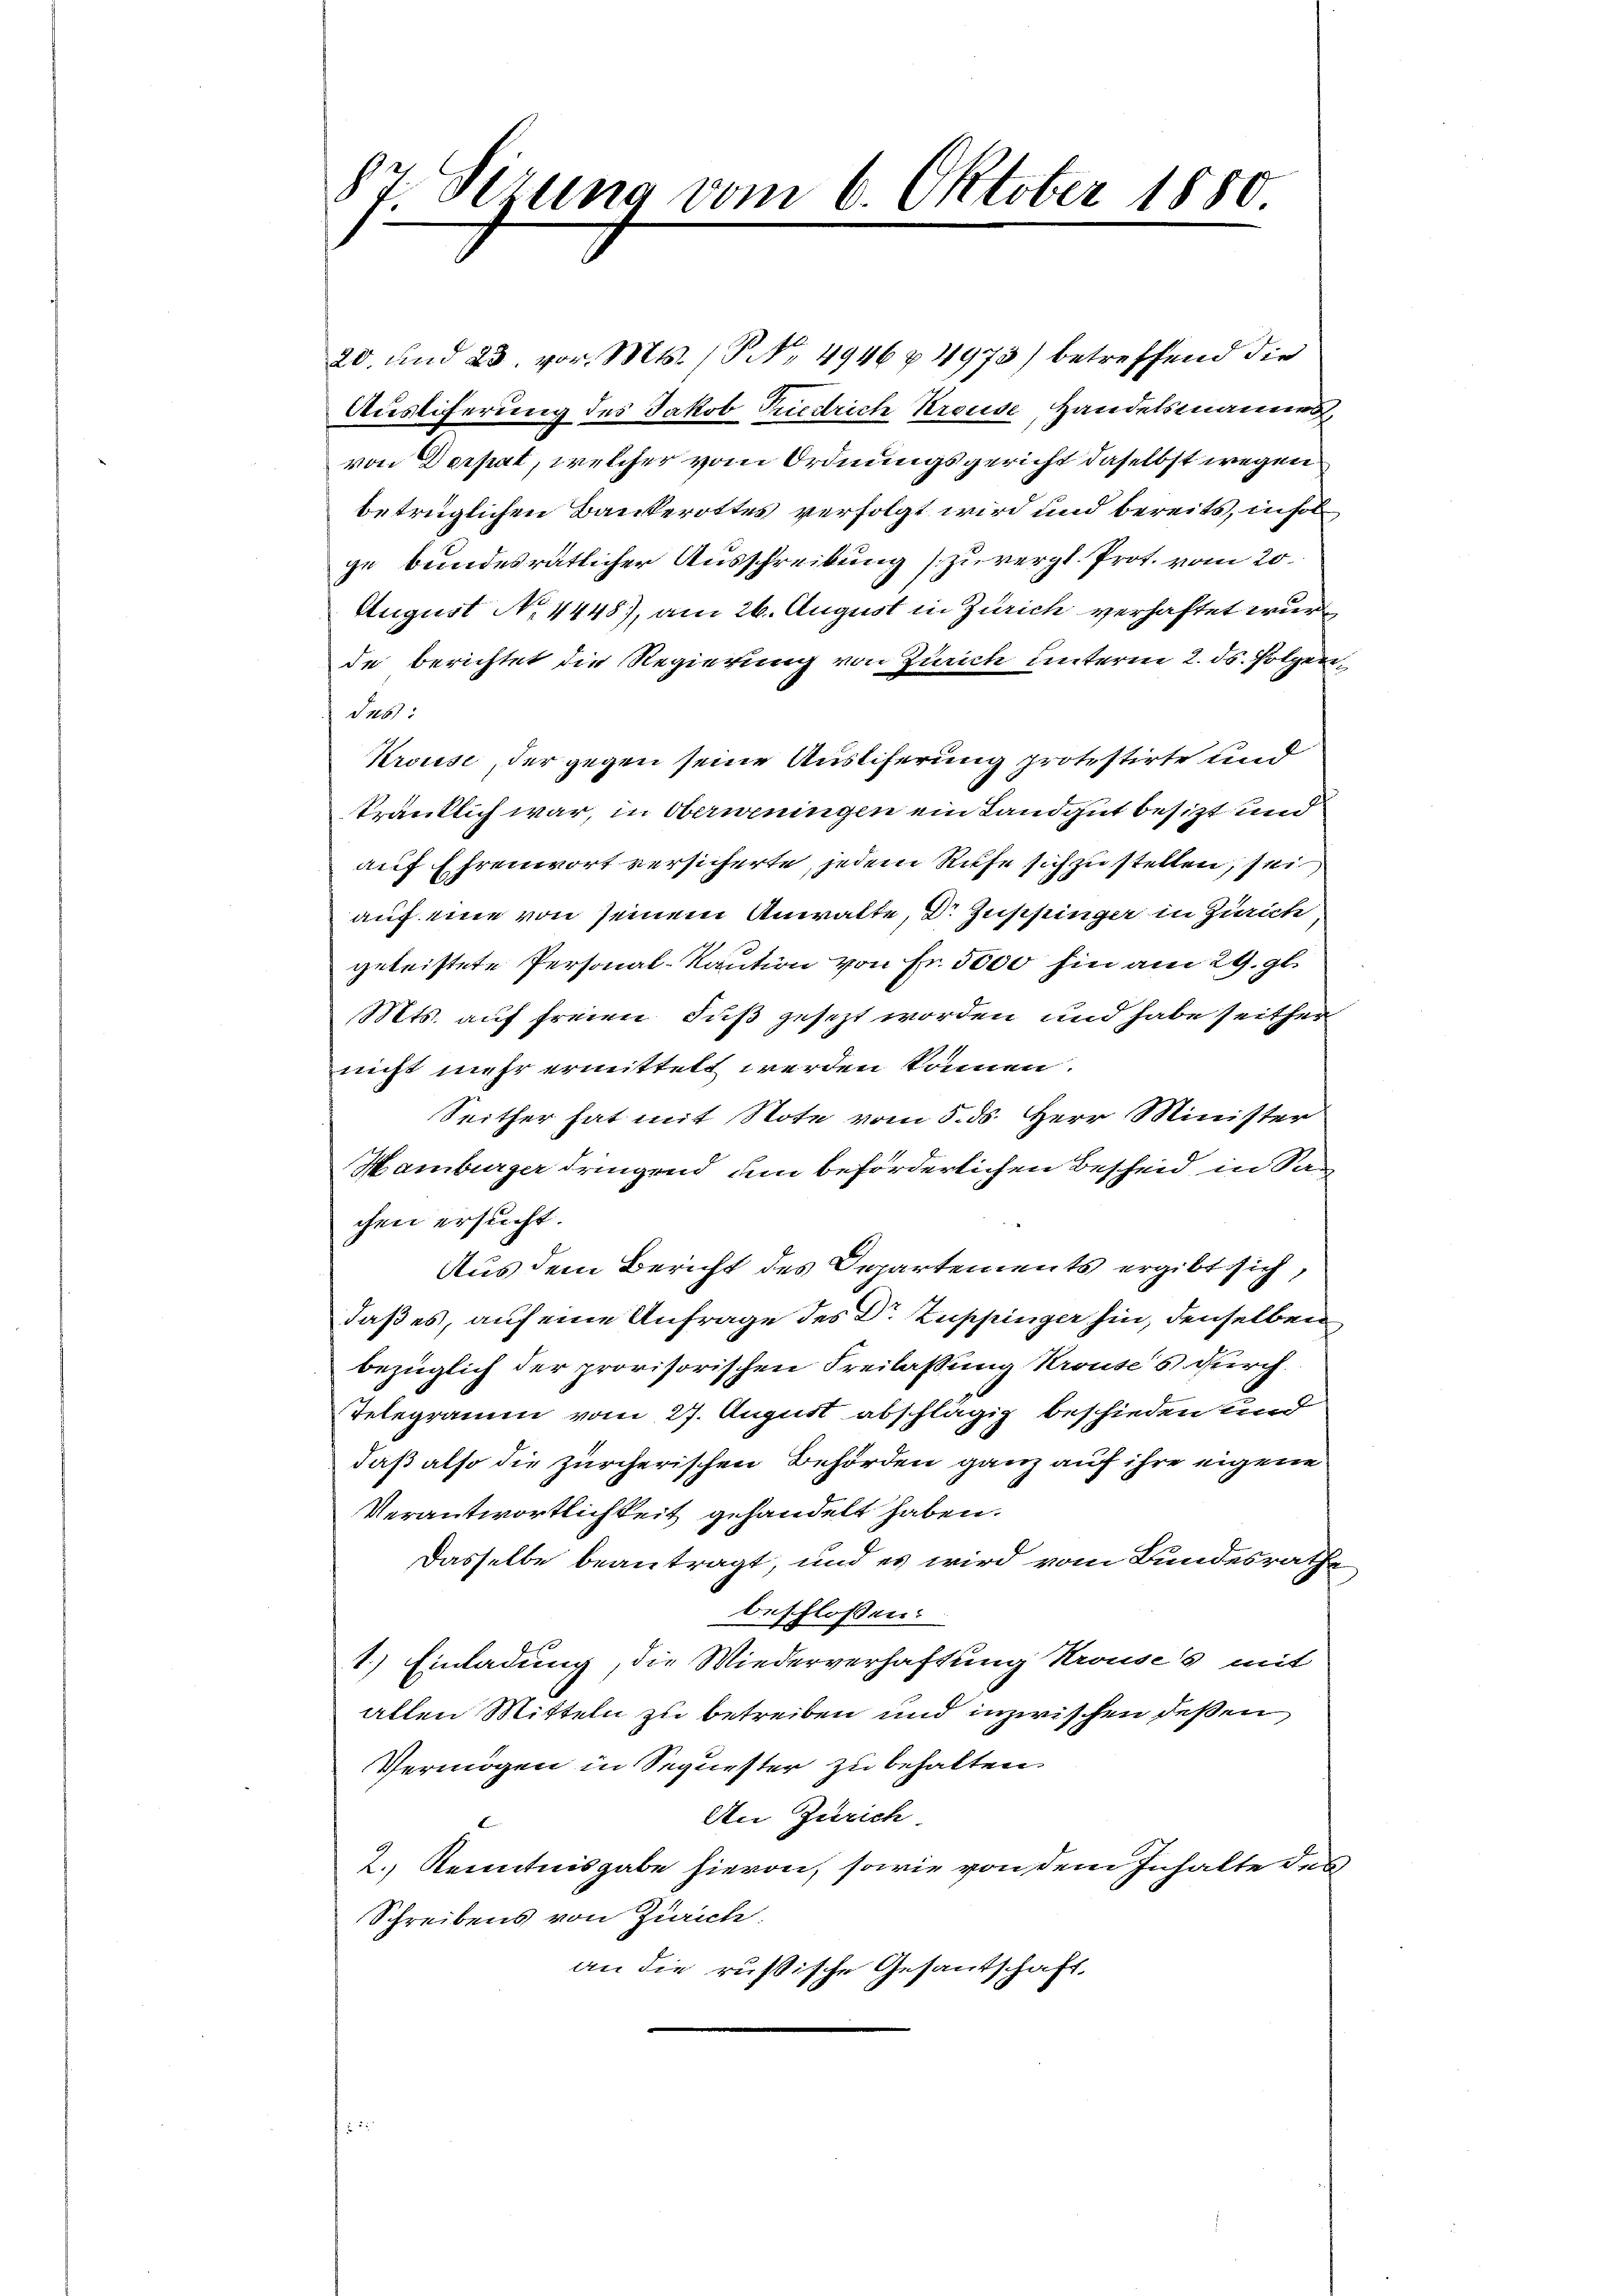
87. Sizung vom 6. Oktober 1850

20. und 23. vor. Mts. (NNo. 4946 & 4973) betreffend die
Ausliferung des Jakob Friedrich Krouse, Handelsmannes
von Derpat, welcher vom Ordnungsgericht daselbst wegen
betrüglichen Bankerottes verfolgt wird und bereits, insol
ge bundesrätlicher Ausschreibung zu vergl. Prot. vom 20.
August No. 4448), am 26. August in Zürich verhaftet wur
de berichtet die Regierung von Zürich unterm 2. ds. Hotzen,
Jus:
Krouse, der gegen seine Ausliferung protestirte und
kränklich war, in Oberweningen ein Landgut besitzt und
auf Ehrenwort versicherte, jedem Rufe sich zu stellen, sei,
auf eine von seinem Anwalte, Dr Guppinger in Zürich,
geleistete Personal-Kaution von Fr. 5000 hin am 29. gl.
Mts. auf freien Fuß gesezt worden und habe seither
nicht mehr ermittelt werden können.
Seither hat mit Note vom 5. ds. Herr Minister
Hamburger dringend um beförderlichen Bescheid, in San
chen ersucht.
Aus dem Bericht des Departements ergibt sich,
daß es, auf eine Anfrage des Dr. Zuppinger hin, denselben
bezüglich der provisorischen Freilassung Krauses durch
Telegramm vom 27. August abschlägig beschieden und
daß also die zürcherischen Behörden ganz auf ihre eigene
Verantwortlichkeit gehandelt haben.
Dasselbe beantragt, und es wird vom Bundesrathe
beschlossen:
1.) Einladung, die Wiederverhaftung Krouses mit
allen Mitteln zu betreiben und inzwischen deßen
Vermögen in Sequester zu behalten.
An Zürich
2., Kenntnisgabe hievon, sowie von dem Inhalte des
Schreibens von Zürich.
an die russische Gesantschaft,